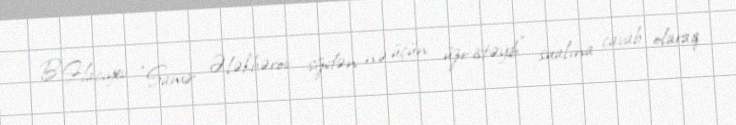
B.Hacıyev “Samir Ələkbərov sizdən nə üçün üzr istəyib” sualına cavab olaraq